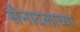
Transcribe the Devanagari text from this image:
सेनादलाच्या